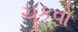
ચૂકવો